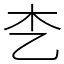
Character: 朰